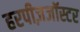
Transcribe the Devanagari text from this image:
हरपीज़जॉस्टर